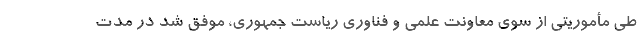
طی مأموریتی از سوی معاونت علمی و فناوری ریاست جمهوری، موفق شد در مدت